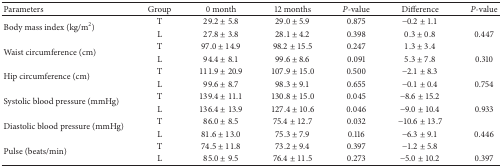
<table><thead><tr><td><b>Parameters</b></td><td><b>Group</b></td><td><b>0 month</b></td><td><b>12 months</b></td><td><b><i>P</i>-value</b></td><td><b>Difference</b></td><td><b><i>P</i>-value</b></td></tr></thead><tbody><tr><td rowspan="2">Body mass index (kg/m<sup>2</sup>)</td><td>T</td><td>29.2 ± 5.8</td><td>29.0 ± 5.9</td><td>0.875</td><td>−0.2 ± 1.1</td><td> </td></tr><tr><td>L</td><td>27.8 ± 3.8</td><td>28.1 ± 4.2</td><td>0.398</td><td>0.3 ± 0.8</td><td>0.447</td></tr><tr><td rowspan="2">Waist circumference (cm)</td><td>T</td><td>97.0 ± 14.9</td><td>98.2 ± 15.5</td><td>0.247</td><td>1.3 ± 3.4</td><td> </td></tr><tr><td>L</td><td>94.4 ± 8.1</td><td>99.6 ± 8.6</td><td>0.091</td><td>5.3 ± 7.8</td><td>0.310</td></tr><tr><td rowspan="2">Hip circumference (cm)</td><td>T</td><td>111.9 ± 20.9</td><td>107.9 ± 15.0</td><td>0.500</td><td>−2.1 ± 8.3</td><td> </td></tr><tr><td>L</td><td>99.6 ± 8.7</td><td>98.3 ± 9.1</td><td>0.655</td><td>−0.1 ± 0.4</td><td>0.754</td></tr><tr><td rowspan="2">Systolic blood pressure (mmHg)</td><td>T</td><td>139.4 ± 11.1</td><td>130.8 ± 15.0</td><td>0.045</td><td>−8.6 ± 15.2</td><td> </td></tr><tr><td>L</td><td>136.4 ± 13.9</td><td>127.4 ± 10.6</td><td>0.046</td><td>−9.0 ± 10.4</td><td>0.933</td></tr><tr><td rowspan="2">Diastolic blood pressure (mmHg)</td><td>T</td><td>86.0 ± 8.5</td><td>75.4 ± 12.7</td><td>0.032</td><td>−10.6 ± 13.7</td><td> </td></tr><tr><td>L</td><td>81.6 ± 13.0</td><td>75.3 ± 7.9</td><td>0.116</td><td>−6.3 ± 9.1</td><td>0.446</td></tr><tr><td rowspan="2">Pulse (beats/min)</td><td>T</td><td>74.5 ± 11.8</td><td>73.2 ± 9.4</td><td>0.397</td><td>−1.2 ± 5.8</td><td> </td></tr><tr><td>L</td><td>85.0 ± 9.5</td><td>76.4 ± 11.5</td><td>0.273</td><td>−5.0 ± 10.2</td><td>0.397</td></tr></tbody></table>